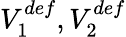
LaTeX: V_{1}^{def},V_{2}^{def}